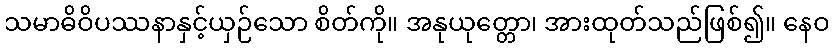
သမာဓိဝိပဿနာနှင့်ယှဉ်သော စိတ်ကို။ အနုယုတ္တော၊ အားထုတ်သည်ဖြစ်၍။ နေဝ